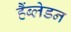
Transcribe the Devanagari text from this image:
हैंब्लेडन